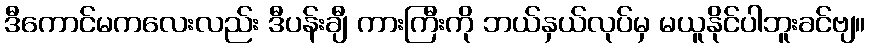
ဒီကောင်မကလေးလည်း ဒီပန်းချီ ကားကြီးကို ဘယ်နှယ်လုပ်မှ မယူနိုင်ပါဘူးခင်ဗျ။